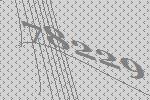
78229